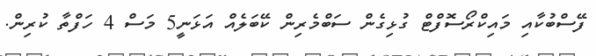
ފޭސްބުކާއި މައިކްރޯސޮފްޓް ގުޅިގެން ސަބްމެރިން ކޭބަލެއް އަޅަނީ5 މަސް 4 ހަފްތާ ކުރިން.